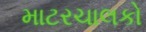
માટરચાલકો